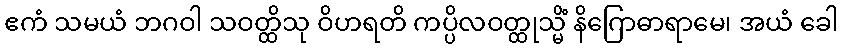
ဧကံ သမယံ ဘဂဝါ သဝတ္ထိသု ဝိဟရတိ ကပ္ပိလဝတ္ထုသ္မိံ နိဂြောဓာရာမေ၊ အယံ ခေါ